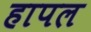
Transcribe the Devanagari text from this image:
हापल